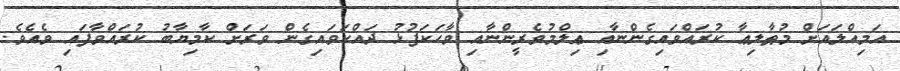
އަމިއްލައަށް މުޠާލިޢާ ކުރައްވައިގެންނާއި ޢިލްމުވެރީންނާއި ވާހަކަފުޅު ދައްކަވައިގެން ވަރަށް ކާމިޔާބު ކުރައްވާފައި ވެއެވެ.